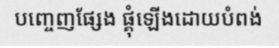
បញ្ចេញផ្សែង ផ្គុំឡើងដោយបំពង់